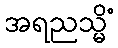
အရညသ္မိံ